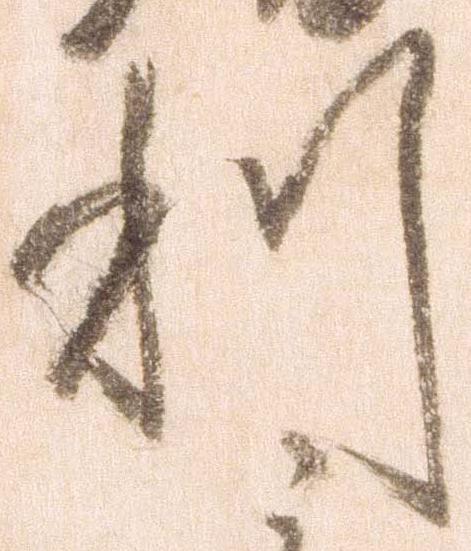
利